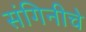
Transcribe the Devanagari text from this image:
संगिनीचे